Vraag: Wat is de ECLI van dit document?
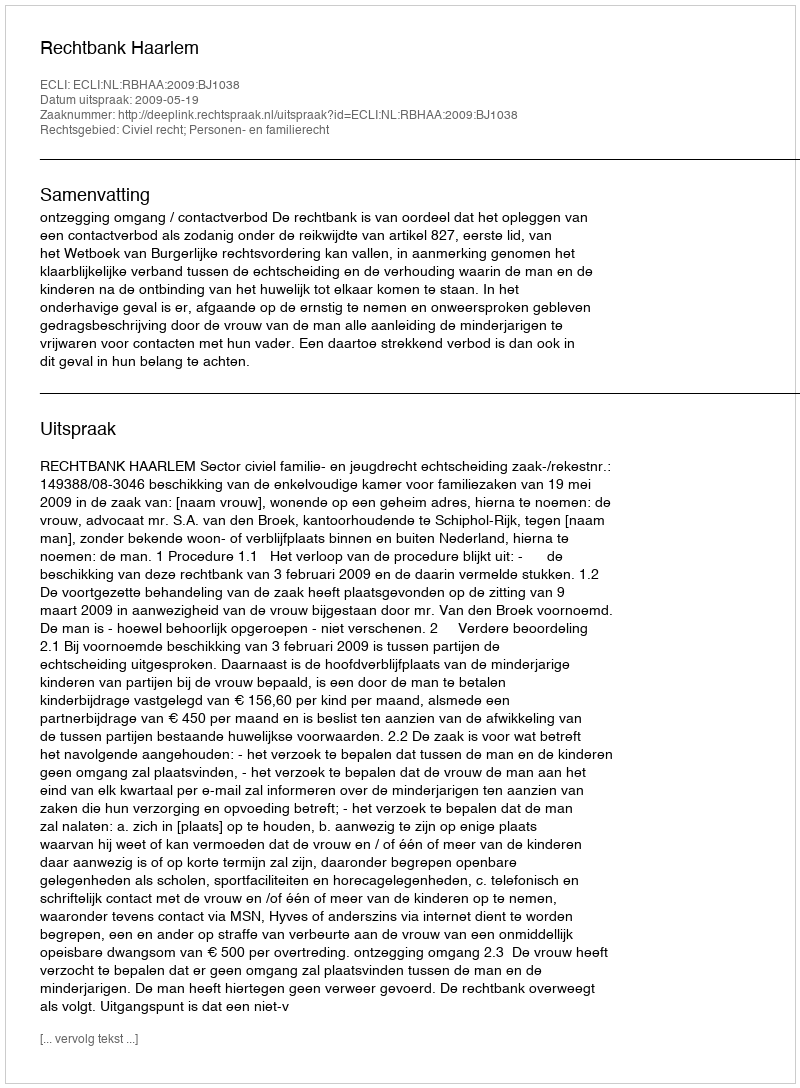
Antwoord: ECLI:NL:RBHAA:2009:BJ1038